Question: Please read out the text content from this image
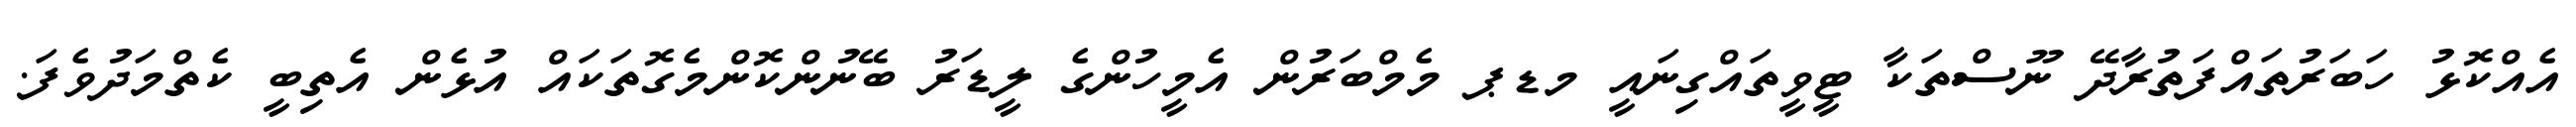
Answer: އެއްކޮޅު ހަބަރުތައްފަތުރާދޭ ނޫސްތަކާ ޓީވީތައްގިނައީ މޑޕ މެމްބަރުން އެމީހުންގެ ލީޑަރު ބޭނުންކޮންމެގޮތަކައް އުޅެން އެތިބީ ކެތްމަދުވެފަ.